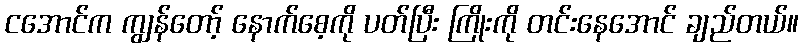
ငအောင်က ကျွန်တော့် နောက်စေ့ကို ပတ်ပြီး ကြိုးကို တင်းနေအောင် ချည်တယ်။